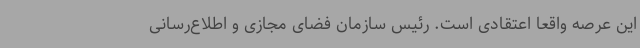
این عرصه واقعاً اعتقادی است. رئیس سازمان فضای مجازی و اطلاع‌رسانی